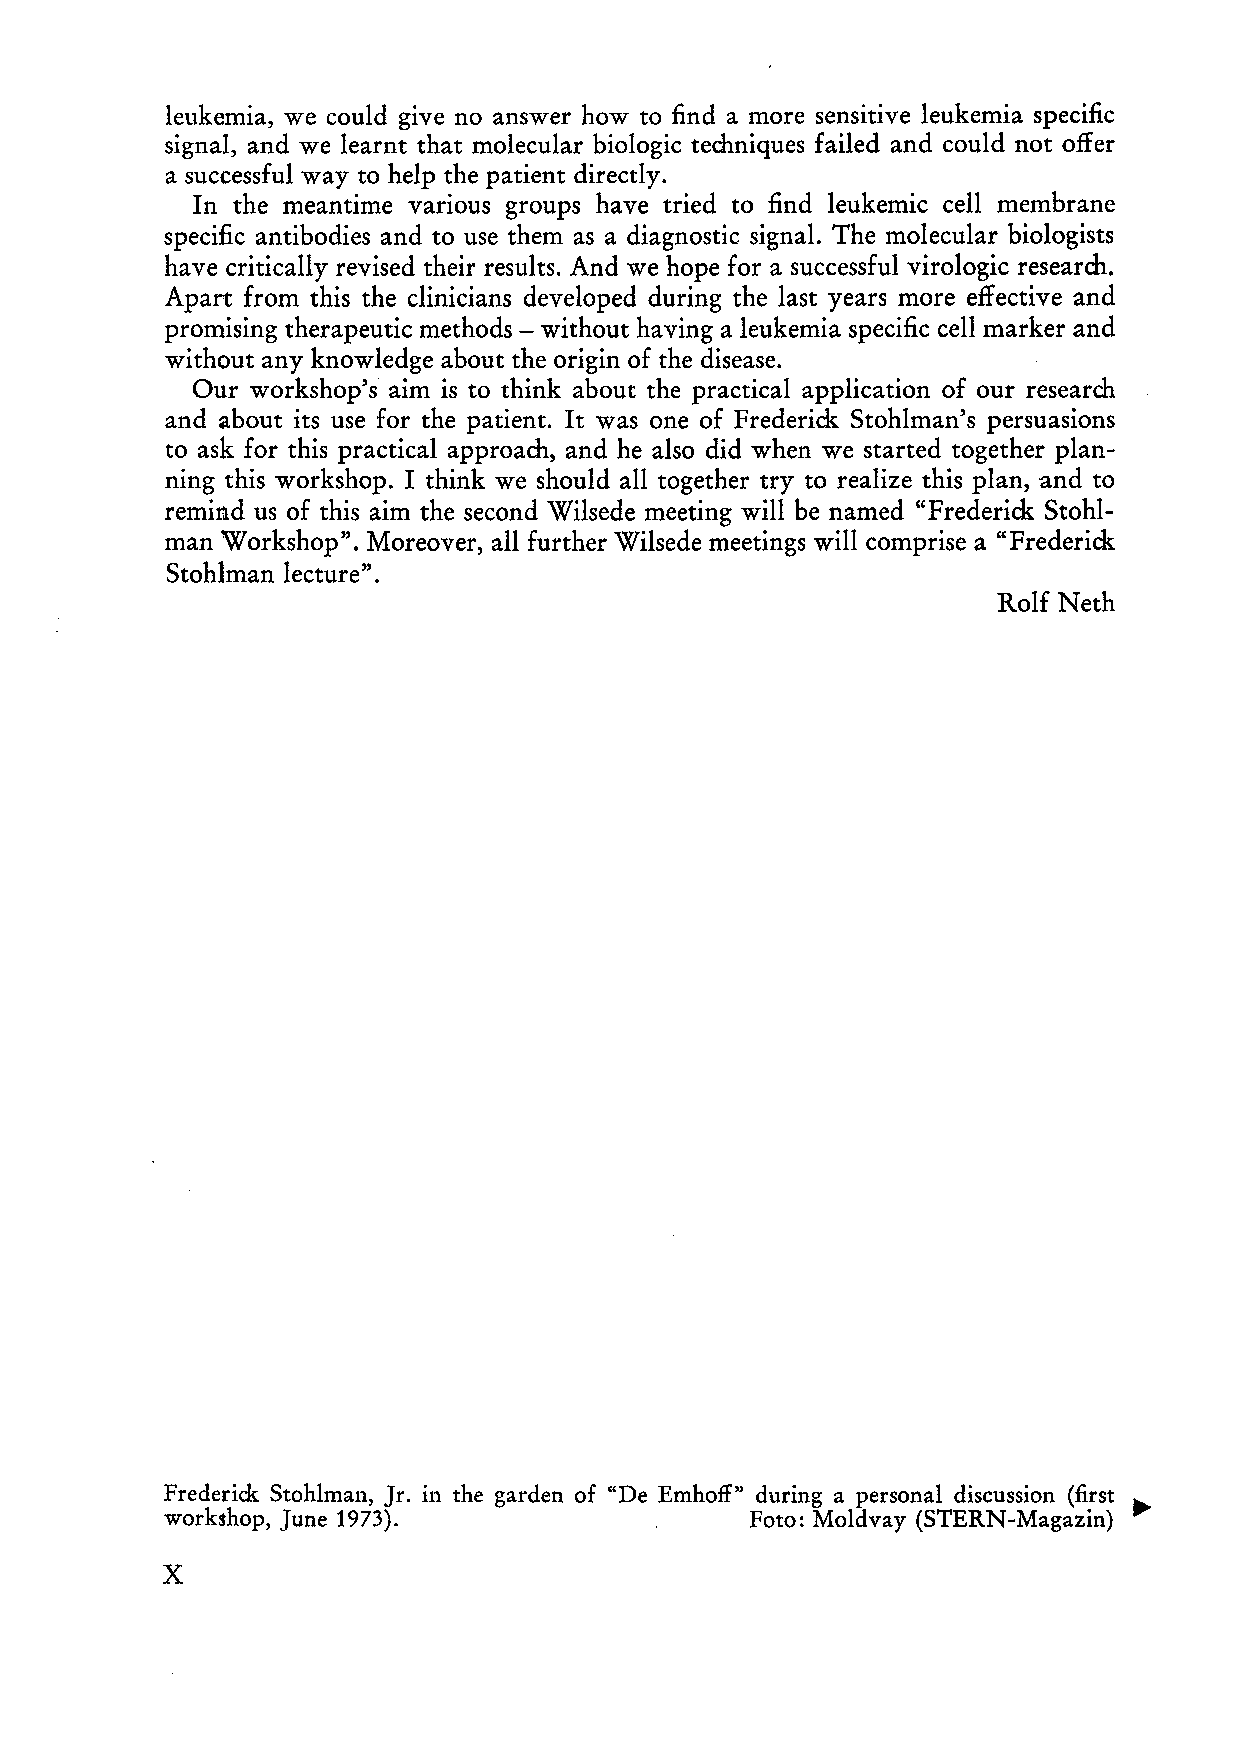
leukemia, we eould give no answer how to :find a more sensitive leukemia speei:fie
 signal, and we learnt that moleeular biologie techniques failed and eould not offer
 a sueeessful way to help the patient direetly.
 In the meantime various groups have tried to :find leukemie eell membrane
 specifie antibodies and to use them as a diagnostic signal. The moleeular biologists
 have eritieally revised their results. And wehope for a sueeessful virologie research.
 Apart from this the clinieians developed during the last years more effeetive and
 promising therapeutie methods - without having a leukemia specific eell marker and
 without any knowledge about the origin of the disease.
 Dur workshop's aim is to think about the practieal applieation of our research
 and about its use for the patient. It was one of Frederick. Stohlman's persuasions
 to ask for this practieal approach, and he also did when we star ted together plan
 ning this workshop. I think we should all together try to realize this plan, and to
 remind us of this aim the seeond Wilsede meeting will be named "Frederick Stohl
 man Workshop". Moreover, all further Wilsede meetings will comprise a "Frederick
 Stohlman lecture".
 Rolf Neth
 Frederick Stohlman, Jr. in the garden of "De Emhof{" during a personal discussion (first ~
 workshop, June 1973).           .      Foto: Moldvay (STERN-Magazin)
 x